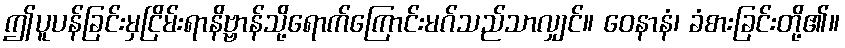
ဤပူပန်ခြင်းမှငြိမ်းရာနိဗ္ဗာန်သို့ရောက်ကြောင်းမဂ်သည်သာလျှင်။ ဝေနာနံ၊ ခံစားခြင်းတို့၏။